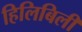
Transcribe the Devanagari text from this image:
हिलिबिली